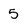
Character: 5